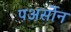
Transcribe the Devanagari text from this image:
पअर्सोन